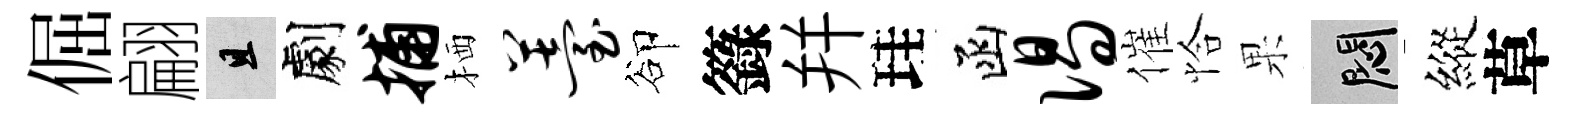
倔翩且劇捕栖薹卻籙幷珪函偈催恰果悶縱草